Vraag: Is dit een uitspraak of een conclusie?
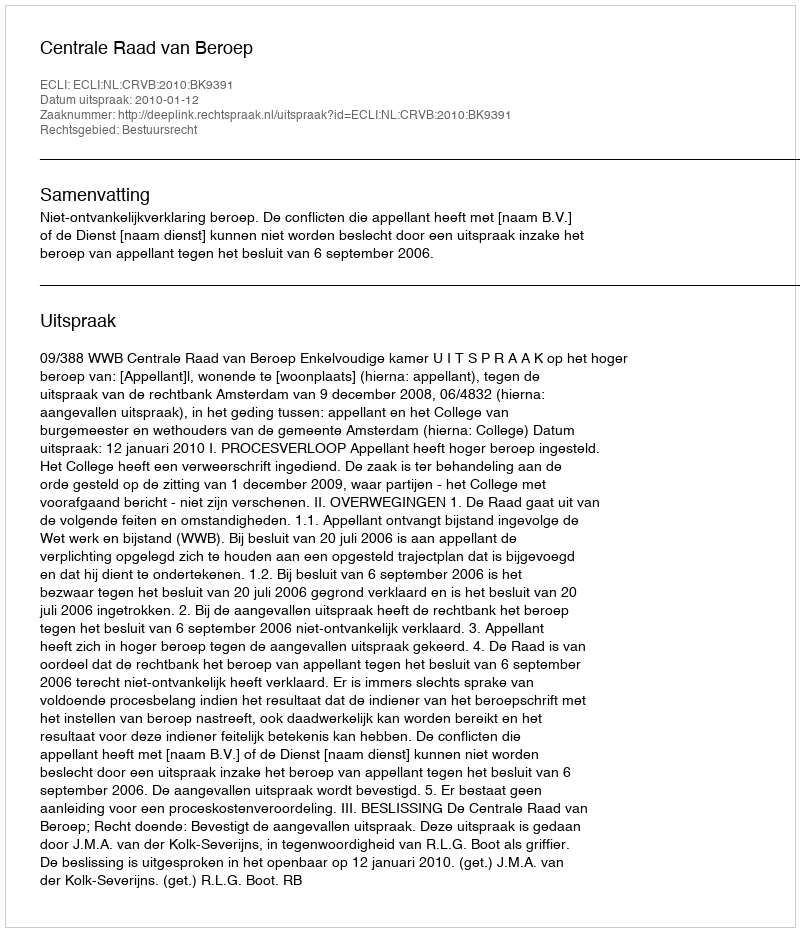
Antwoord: Uitspraak